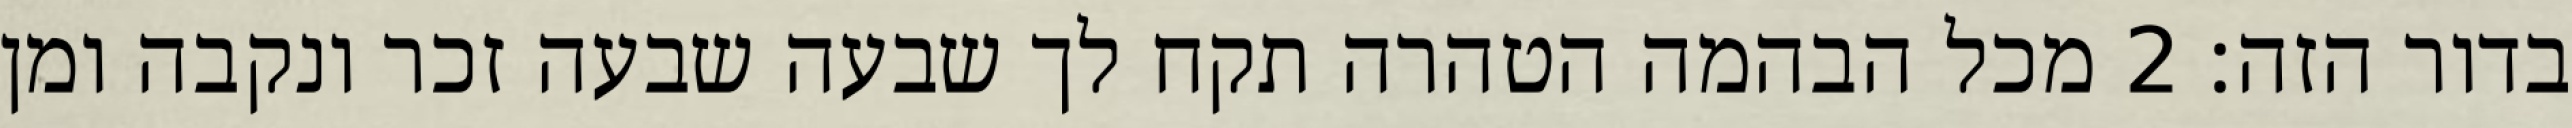
בדור הזה׃ ‎2‏ מכל הבהמה הטהרה תקח לך שבעה שבעה זכר ונקבה ומן